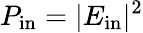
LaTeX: P_{\mathrm{in}}=|E_{\mathrm{in}}|^{2}